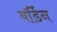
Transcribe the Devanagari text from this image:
बॉर्डेन